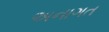
અનાગત